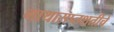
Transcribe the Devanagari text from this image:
गाथासप्तशतीचे